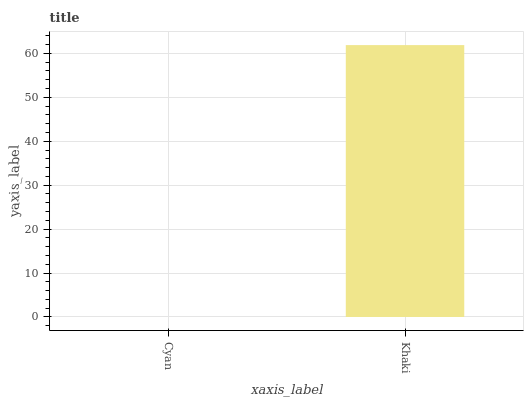
| xaxis_label | bars |
 | --- | --- |
 | Cyan | 0 |
 | Khaki | 61.9 |